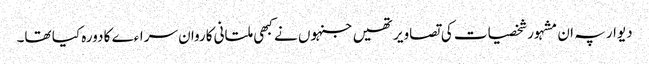
دیوار پہ ان مشہور شخصیات کی تصاویر تھیں جنہوں نے کبھی ملتانی کاروان سراءے کا دورہ کیا تھا۔